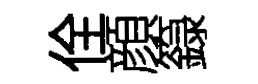
佺顔籙